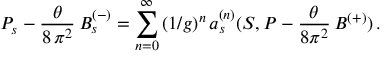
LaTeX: P _ { s } - \frac { \theta } { 8 \, \pi ^ { 2 } } \, B _ { s } ^ { ( - ) } = \sum _ { n = 0 } ^ { \infty } \, ( 1 / g ) ^ { n } \, a _ { s } ^ { ( n ) } ( S , P - \frac { \theta } { 8 \pi ^ { 2 } } \, B ^ { ( + ) } ) \, .